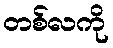
တစ်လကို